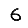
Digit: 6